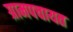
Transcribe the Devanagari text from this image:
ग्रामपचायत